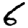
Digit: 6